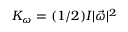
K _ { \omega } = ( 1 / 2 ) I | \vec { \omega } | ^ { 2 }